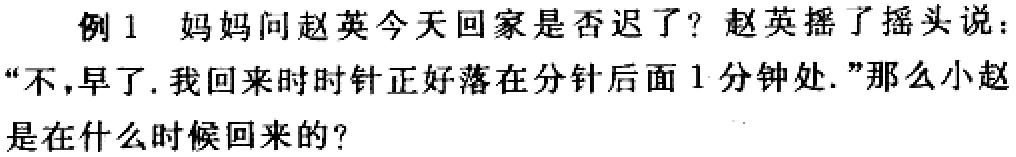
例1 妈妈问赵英今天回家是否迟了？赵英摇了摇头说：“不，早了. 我回来时时针正好落在分针后面1分钟处.”那么小赵是在什么时候回来的？